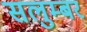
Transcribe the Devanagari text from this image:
सलुम्‍बर